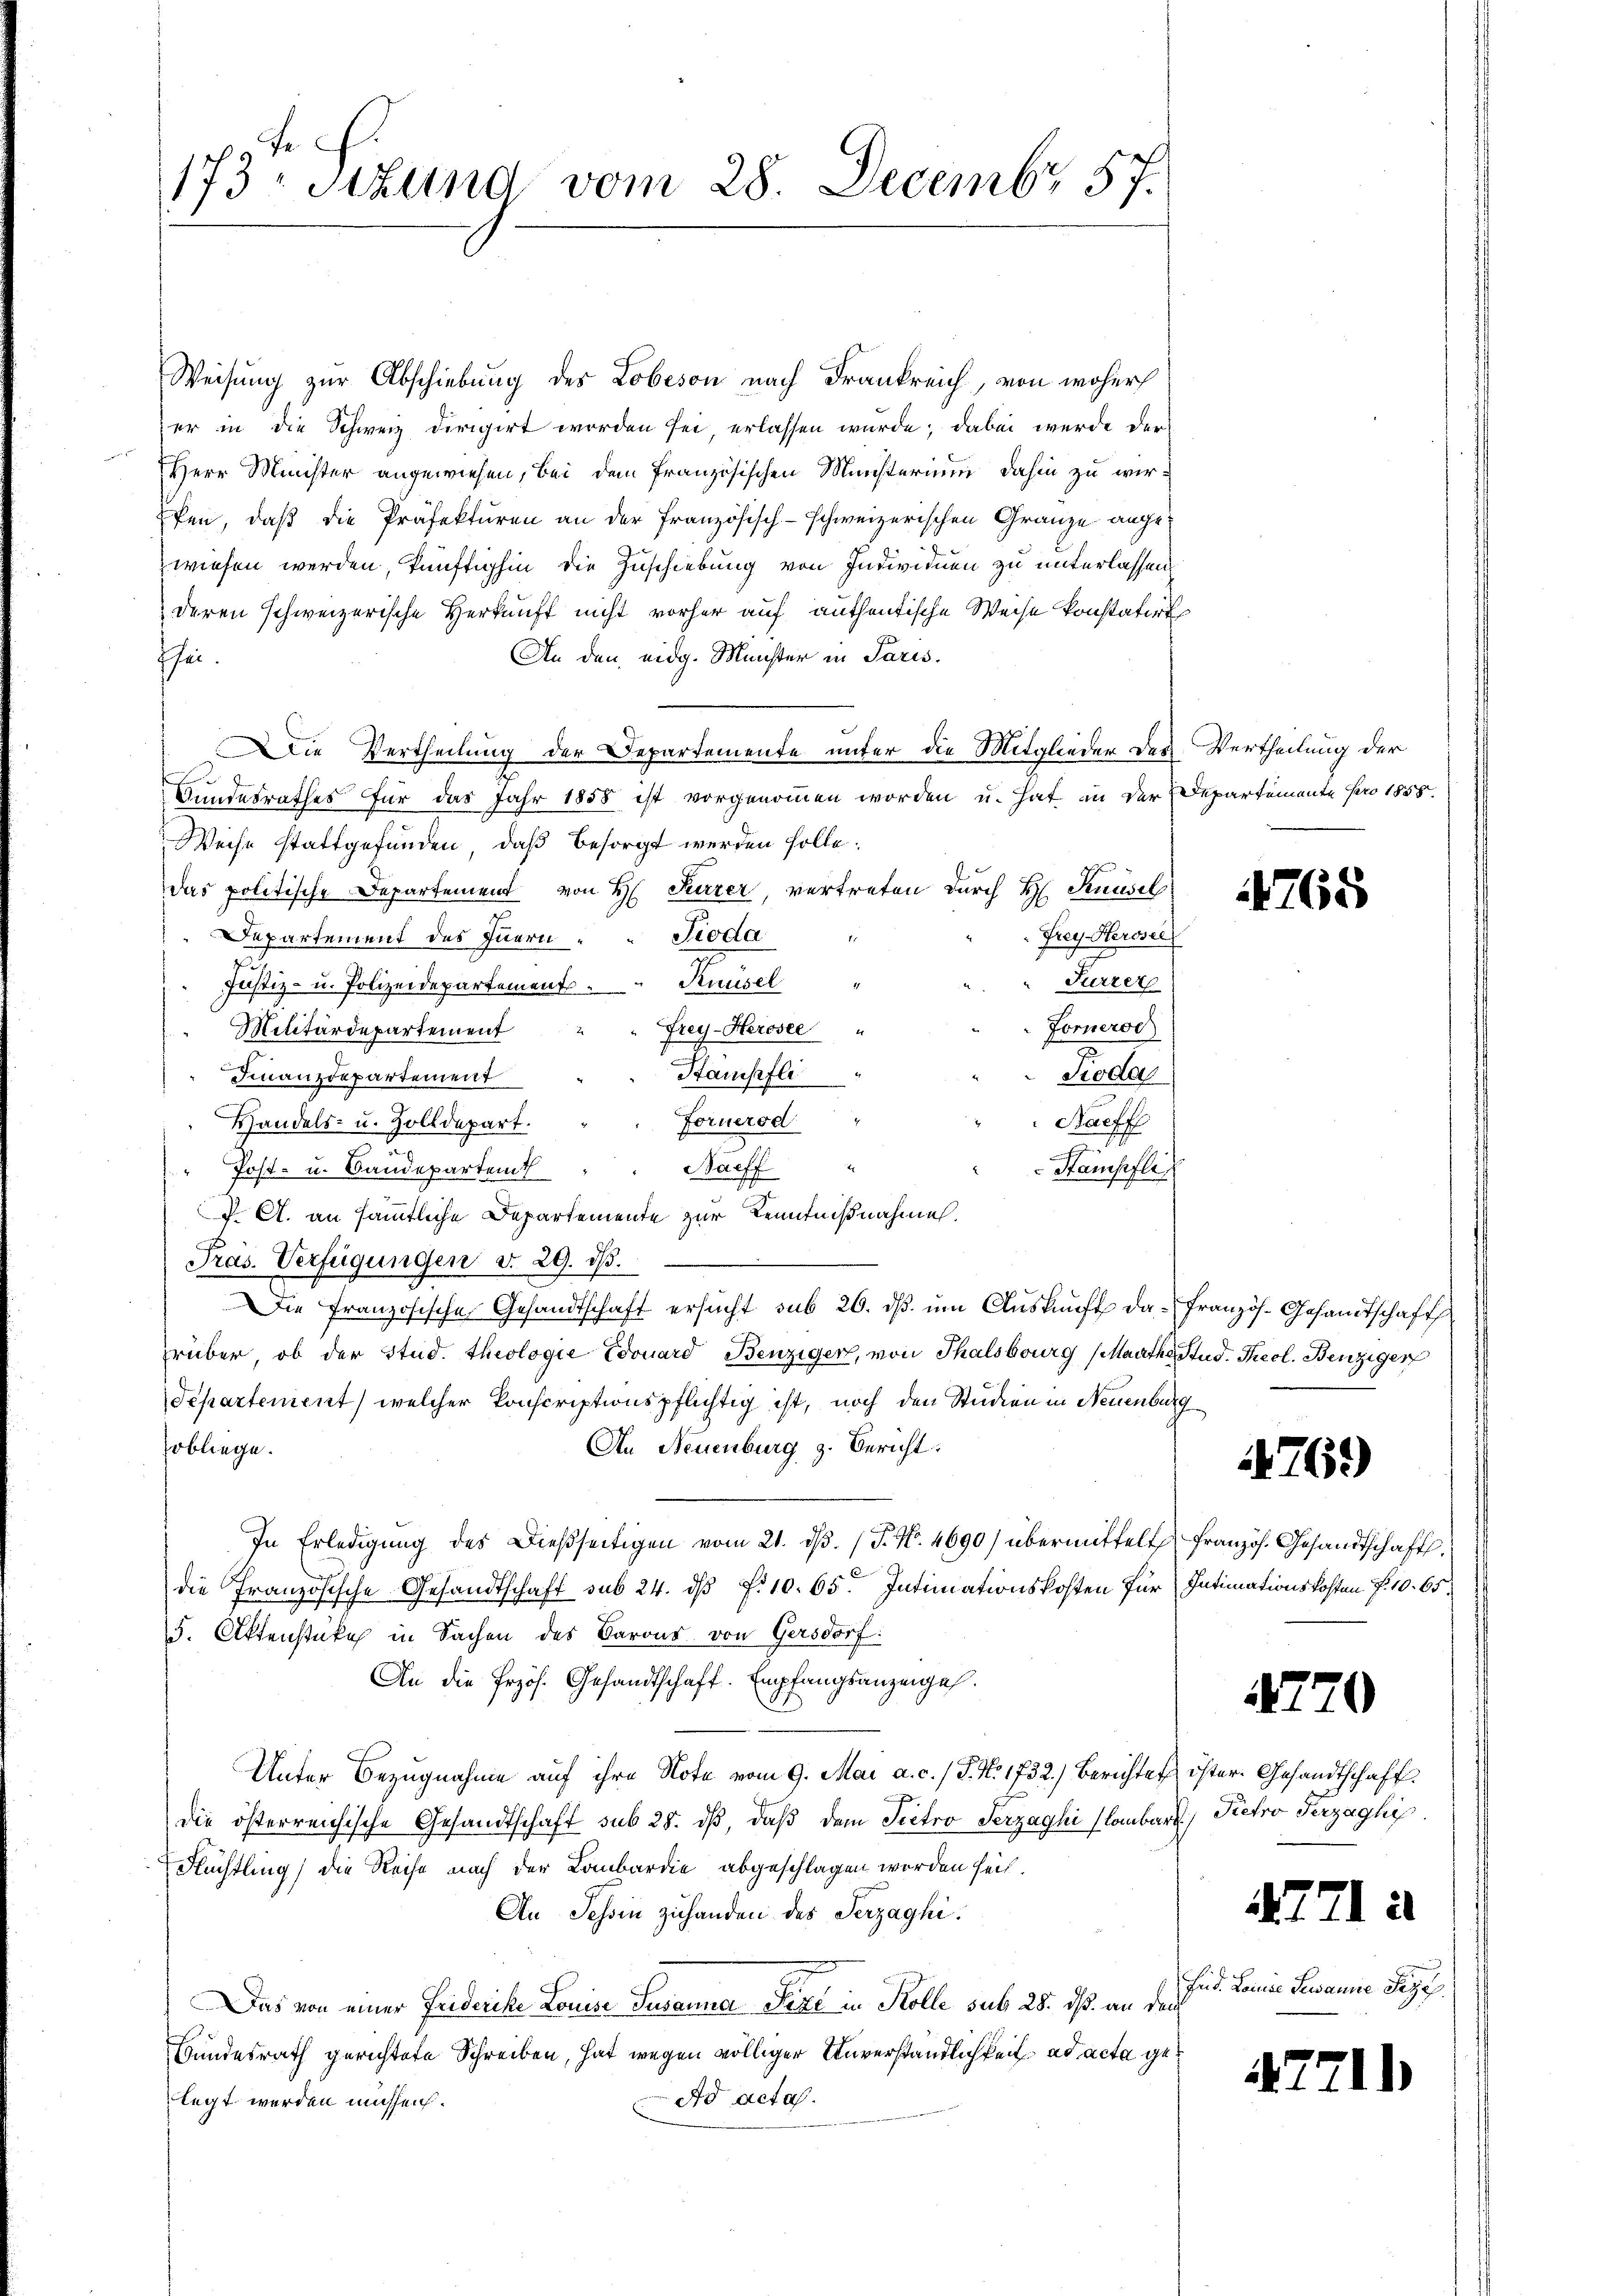
173 Stund vom 28. Decembr 57.

Weisung zur Abschiebung des Lobeson nach Frankreich, von woher
er in die Schweiz dirigirt worden sei, erlassen wurde; dabei werde der
Herr Minister angewiesen, bei dem französischen Ministerium dahin zu wir¬
Efen, daß die Präfekturen an der Französisch-schweizerischen Granze angewiesen werden, künftighin die Zuschiebung von Individuen zu unterlassen.
deren schweizerische Herkunft nicht vorher auf authentische Weise konstatirt
An den eidg. Meister in Paris.
fhei
Die Vertheilung der Departemente unter die Mitglieder des Vertheilung der
2
f
Bundesrathes für das Jahr 1858 ist vorgenommen worden u. hat in der Departemente pro 1858.
Weise stattgefunden, daß besorgt werden solle.
das politische Departement von H. Furrer, vertreten durch H. Standel
Fioda
Frey Herose
Departement des Innern
Fürzer
Justiz- u. Polizeidepartement Ansel
Fornerod
Frey-Herosee "
Militärdepartement
Stampfli
Reclar
Finanzdepartement
Fornerod
Handels- u. Zolldepart.
Raeff
Stampfli
Baeff
Post- u. Bandepartemt
J. A. an sämmtliche Departemente zur Kenntnißnahmen.
Pras. Verfügungen d. 29. dβ.
Die Französische Gesandtschaft ersucht sub 26. ds. um Auskunft da-Französ. Gesandtschaft
rüber, ob der Stud. theologie Edouard Benziger, von Thalsburg (Maathe Stud. Theol. Benziger
Separtement, welcher konscriptionspflichtig ist, noch den Studien in Neuenburg
An Neuenburg z. Bericht:
sobliege.
In Erledigung des Dießseitigen vom 21. dβ. (T. N. 4690) übermittelt Französ. Gesandtschaft.
die Französische Gesandtschaft sub 24. dß f. 10. 65. Intimationskosten für Intimationskosten f. 10. 65.
F. Aktenstüke in Sachen des Barons von Gersdorf:
An die Przös. Gesandtschaft. Empfangsanzeigel.
Unter Bezugnahme auf ihre Note vom 9. Mai a. c. / P. N. 1732.) Berichten öster Gesandtschaft
die österreichische Gesandtschaft sub 28. dβ, daβ dem Pietro Serzaghi lombart. Kehro Terzaghi
Nüchtling, die Reihe nach der Lombardie abgeschlagen worden seit
An Schon zuhanden des Serzaghi.
Das von einer Friderike Louise Susanna Seri in Kolle sub 28. ds. an der
Bundesrath gerichtete Schreiben, hat wegen völliger Unverständlichkeit ad acta gelegt werden mahseich.
Ad acta.

4768

76.)

720

771 à

Eid. Linie Susanne Peye

4771)